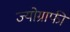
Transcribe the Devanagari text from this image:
ज्योग्राफी